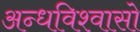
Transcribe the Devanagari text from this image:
अन्धविश्वासो